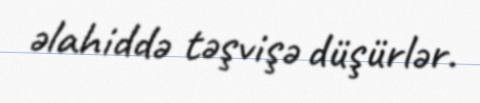
əlahiddə təşvişə düşürlər.